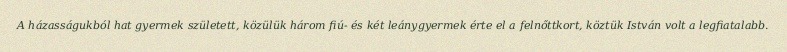
A házasságukból hat gyermek született, közülük három fiú- és két leánygyermek érte el a felnőttkort, köztük István volt a legfiatalabb.